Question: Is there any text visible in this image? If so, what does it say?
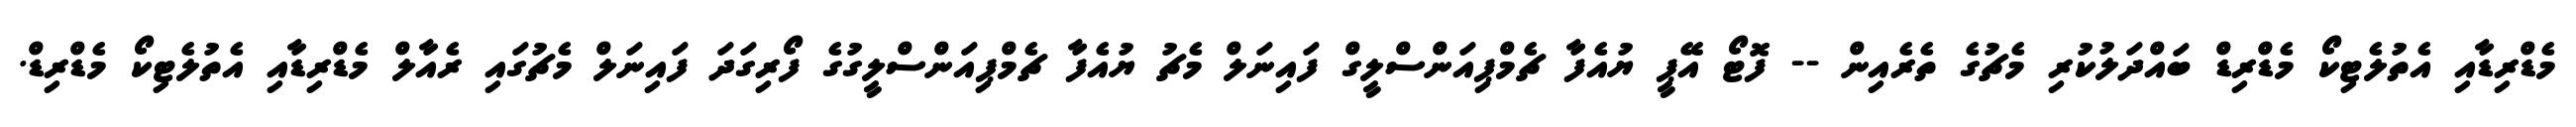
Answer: މެޑްރިޑާއި އެތުލެޓިކޯ މެޑްރިޑް ބައްދަލުކުރި މެޗުގެ ތެރެއިން -- ފޮޓޯ އޭޕީ ޔުއެފާ ޗެމްޕިއަންސްލީގް ފައިނަލް މެޗު ޔުއެފާ ޗެމްޕިއަންސްލީގުގެ ފޯރިގަދަ ފައިނަލް މެޗުގައި ރެއާލް މެޑްރިޑާއި އެތުލެޓިކޯ މެޑްރިޑް.